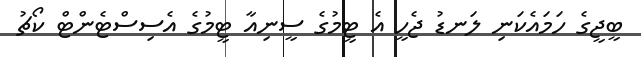
ބީޖީގެ ހަމައެކަނި ލަނޑު ޖެހީ އެ ޓީމުގެ ސީނިއާ ޓީމުގެ އެސިސްޓެންޓް ކޯޗު